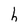
Character: h